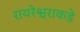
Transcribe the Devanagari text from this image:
रायरेश्वराकडे